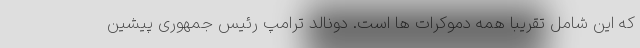
که این شامل تقریبا همه دموکرات ها است. دونالد ترامپ رئیس جمهوری پیشین